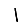
Digit: 1